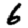
Digit: 6